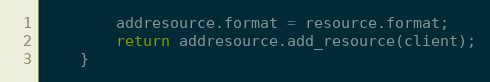
Language: Java
		addresource.format = resource.format;
		return addresource.add_resource(client);
	}